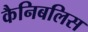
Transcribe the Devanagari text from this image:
कैनिबलिस